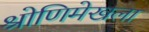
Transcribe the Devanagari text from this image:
श्रोणिमेखला